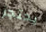
يحتجز